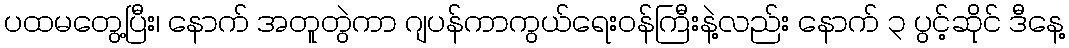
ပထမတွေ့ပြီး၊ နောက် အတူတွဲကာ ဂျပန်ကာကွယ်ရေးဝန်ကြီးနဲ့လည်း နောက် ၃ ပွင့်ဆိုင် ဒီနေ့